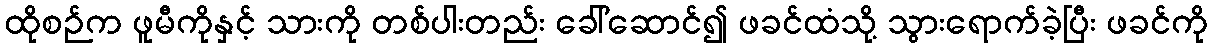
ထိုစဉ်က ဖူမီကိုနှင့် သားကို တစ်ပါးတည်း ခေါ်ဆောင်၍ ဖခင်ထံသို့ သွားရောက်ခဲ့ပြီး ဖခင်ကို